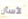
لأسأل